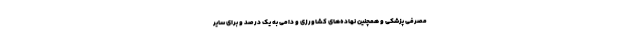
مصرفی پزشکی و همچنین نهاده‌های کشاورزی و دامی به یک درصد و برای سایر